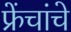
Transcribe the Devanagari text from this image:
फ्रेंचांचे